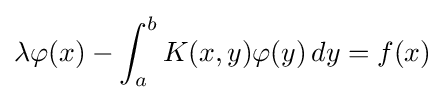
\lambda \varphi (x)-\int _{a}^{b}K(x,y)\varphi (y)\,dy=f(x)